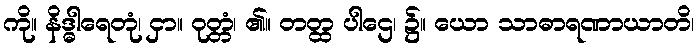
ကို။ နိဒ္ဓါရေတုံ၊ ငှာ။ ဝုတ္တံ၊ ၏။ တတ္ထ ပါဌေ၊ ၌။ ယော သာဓာရဏာယာတိ၊